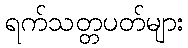
ရက်သတ္တပတ်များ